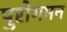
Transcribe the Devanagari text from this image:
पुरोगमन